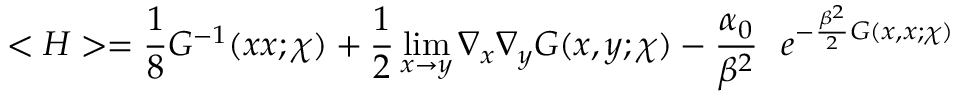
< { \cal { H } } > = { \frac { 1 } { 8 } } G ^ { - 1 } ( x x ; \chi ) + { \frac { 1 } { 2 } } \operatorname * { l i m } _ { x \rightarrow y } \nabla _ { x } \nabla _ { y } G ( x , y ; \chi ) - { \frac { \alpha _ { 0 } } { \beta ^ { 2 } } } ~ ~ e ^ { - { \frac { \beta ^ { 2 } } { 2 } } G ( x , x ; \chi ) }